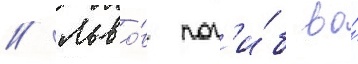
// Льво́в пог'и́б во́